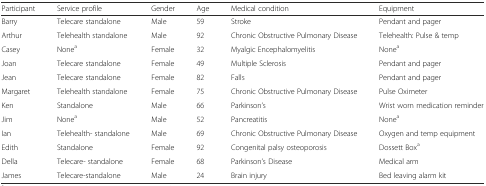
| Participant | Service profile | Gender | Age | Medical condition | Equipment |
 | --- | --- | --- | --- | --- | --- |
 | Barry | Telecare standalone | Male | 59 | Stroke | Pendant and pager |
 | Arthur | Telehealth standalone | Male | 92 | Chronic Obstructive Pulmonary Disease | Telehealth: Pulse & temp |
 | Casey | Nonea | Female | 32 | Myalgic Encephalomyelitis | Nonea |
 | Joan | Telecare standalone | Female | 49 | Multiple Sclerosis | Pendant and pager |
 | Jean | Telecare standalone | Female | 82 | Falls | Pendant and pager |
 | Margaret | Telehealth standalone | Female | 75 | Chronic Obstructive Pulmonary Disease | Pulse Oximeter |
 | Ken | Standalone | Male | 66 | Parkinson’s | Wrist worn medication reminder |
 | Jim | Nonea | Male | 52 | Pancreatitis | Nonea |
 | Ian | Telehealth- standalone | Male | 69 | Chronic Obstructive Pulmonary Disease | Oxygen and temp equipment |
 | Edith | Standalone | Female | 92 | Congenital palsy osteoporosis | Dossett Boxa |
 | Della | Telecare- standalone | Female | 68 | Parkinson’s Disease | Medical arm |
 | James | Telecare-standalone | Male | 24 | Brain injury | Bed leaving alarm kit |